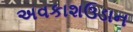
અવકાશઉડાન